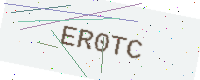
Text: ER0TC